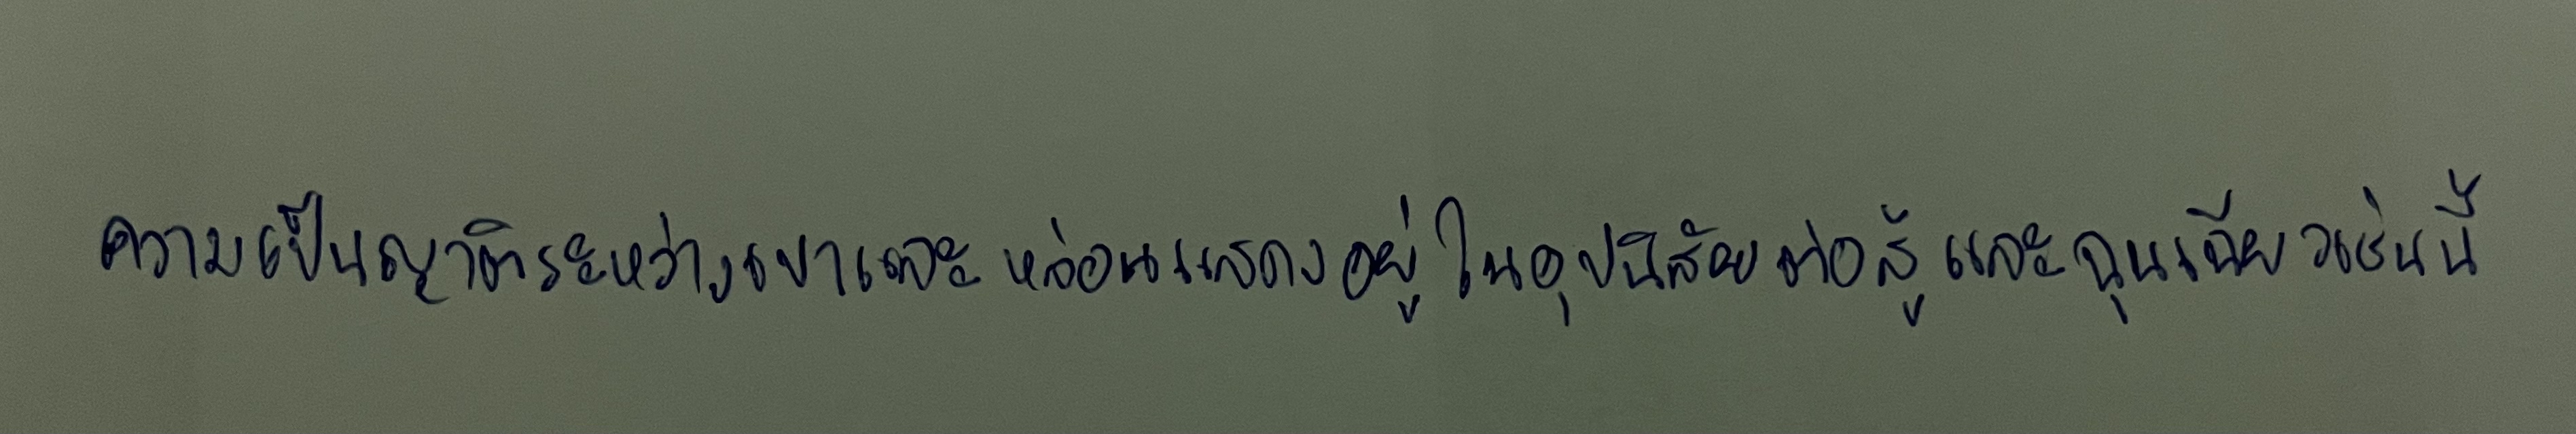
ความเป็นญาติระหว่างเขาและหล่อนแสดงอยู่ในอุปนิสัยต่อสู้และฉุนเฉียวเช่นนี้